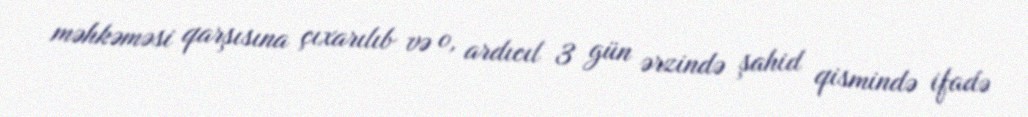
məhkəməsi qarşısına çıxarılıb və o, ardıcıl 3 gün ərzində şahid qismində ifadə